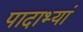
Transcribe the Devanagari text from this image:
पादाभ्यां